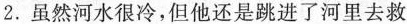
2.虽然河水很冷,但他还是跳进了河里去救